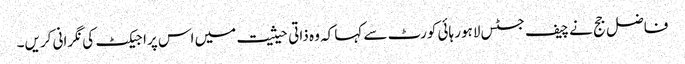
فاضل جج نے چیف جسٹس لاہور ہائی کورٹ سے کہا کہ وہ ذاتی حیثیت میں اس پراجیکٹ کی نگرانی کریں۔